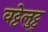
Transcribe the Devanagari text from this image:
वट्टेलुट्टु